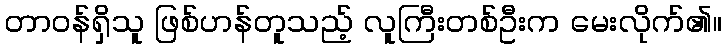
တာဝန်ရှိသူ ဖြစ်ဟန်တူသည့် လူကြီးတစ်ဦးက မေးလိုက်၏။